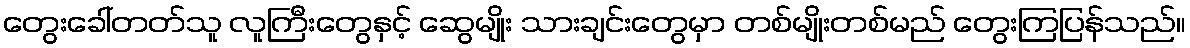
တွေးခေါ်တတ်သူ လူကြီးတွေနှင့် ဆွေမျိုး သားချင်းတွေမှာ တစ်မျိုးတစ်မည် တွေးကြပြန်သည်။